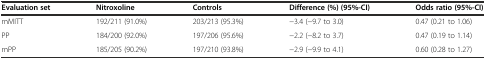
<table><thead><tr><td><b>Evaluation set</b></td><td><b>Nitroxoline</b></td><td><b>Controls</b></td><td><b>Difference (%) (95%-CI)</b></td><td><b>Odds ratio (95%-CI)</b></td></tr></thead><tbody><tr><td>mMITT</td><td>192/211 (91.0%)</td><td>203/213 (95.3%)</td><td>−3.4 (−9.7 to 3.0)</td><td>0.47 (0.21 to 1.06)</td></tr><tr><td>PP</td><td>184/200 (92.0%)</td><td>197/206 (95.6%)</td><td>−2.2 (−8.2 to 3.7)</td><td>0.47 (0.19 to 1.14)</td></tr><tr><td>mPP</td><td>185/205 (90.2%)</td><td>197/210 (93.8%)</td><td>−2.9 (−9.9 to 4.1)</td><td>0.60 (0.28 to 1.27)</td></tr></tbody></table>